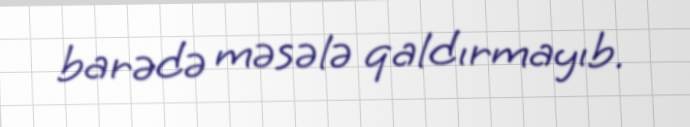
barədə məsələ qaldırmayıb.